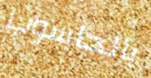
بالحاسوب